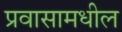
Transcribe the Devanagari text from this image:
प्रवासामधील